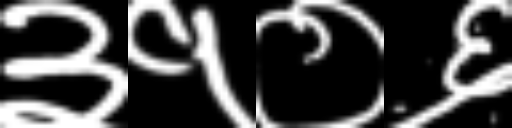
Text: ३१०६